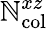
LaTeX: \mathbb{N}_{\mathrm{{col}}}^{xz}